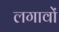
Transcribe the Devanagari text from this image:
लगावों